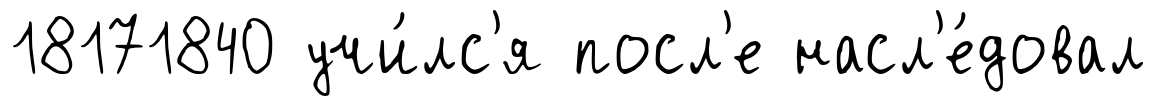
18171840 учи́лс'я посл'е насл'е́довал